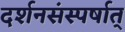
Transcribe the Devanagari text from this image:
दर्शनसंस्पर्षात्